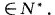
∈N*.